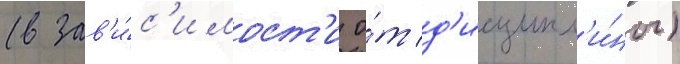
(в зав'и́с'имост'и о́т д'исципл'и́ны)